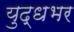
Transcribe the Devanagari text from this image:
युद्धभर